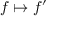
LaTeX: f \mapsto f ^ { \prime }